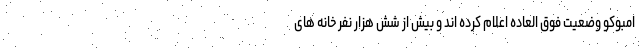
امبوکو وضعیت فوق العاده اعلام کرده اند و بیش از شش هزار نفر خانه های